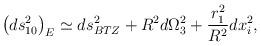
LaTeX: \begin{align*}\left ( ds_{10}^2\right )_E \simeq ds_{BTZ}^2 + R^2 d\Omega_3^2 + {r_1^2 \over R^2} dx_i^2,\end{align*}